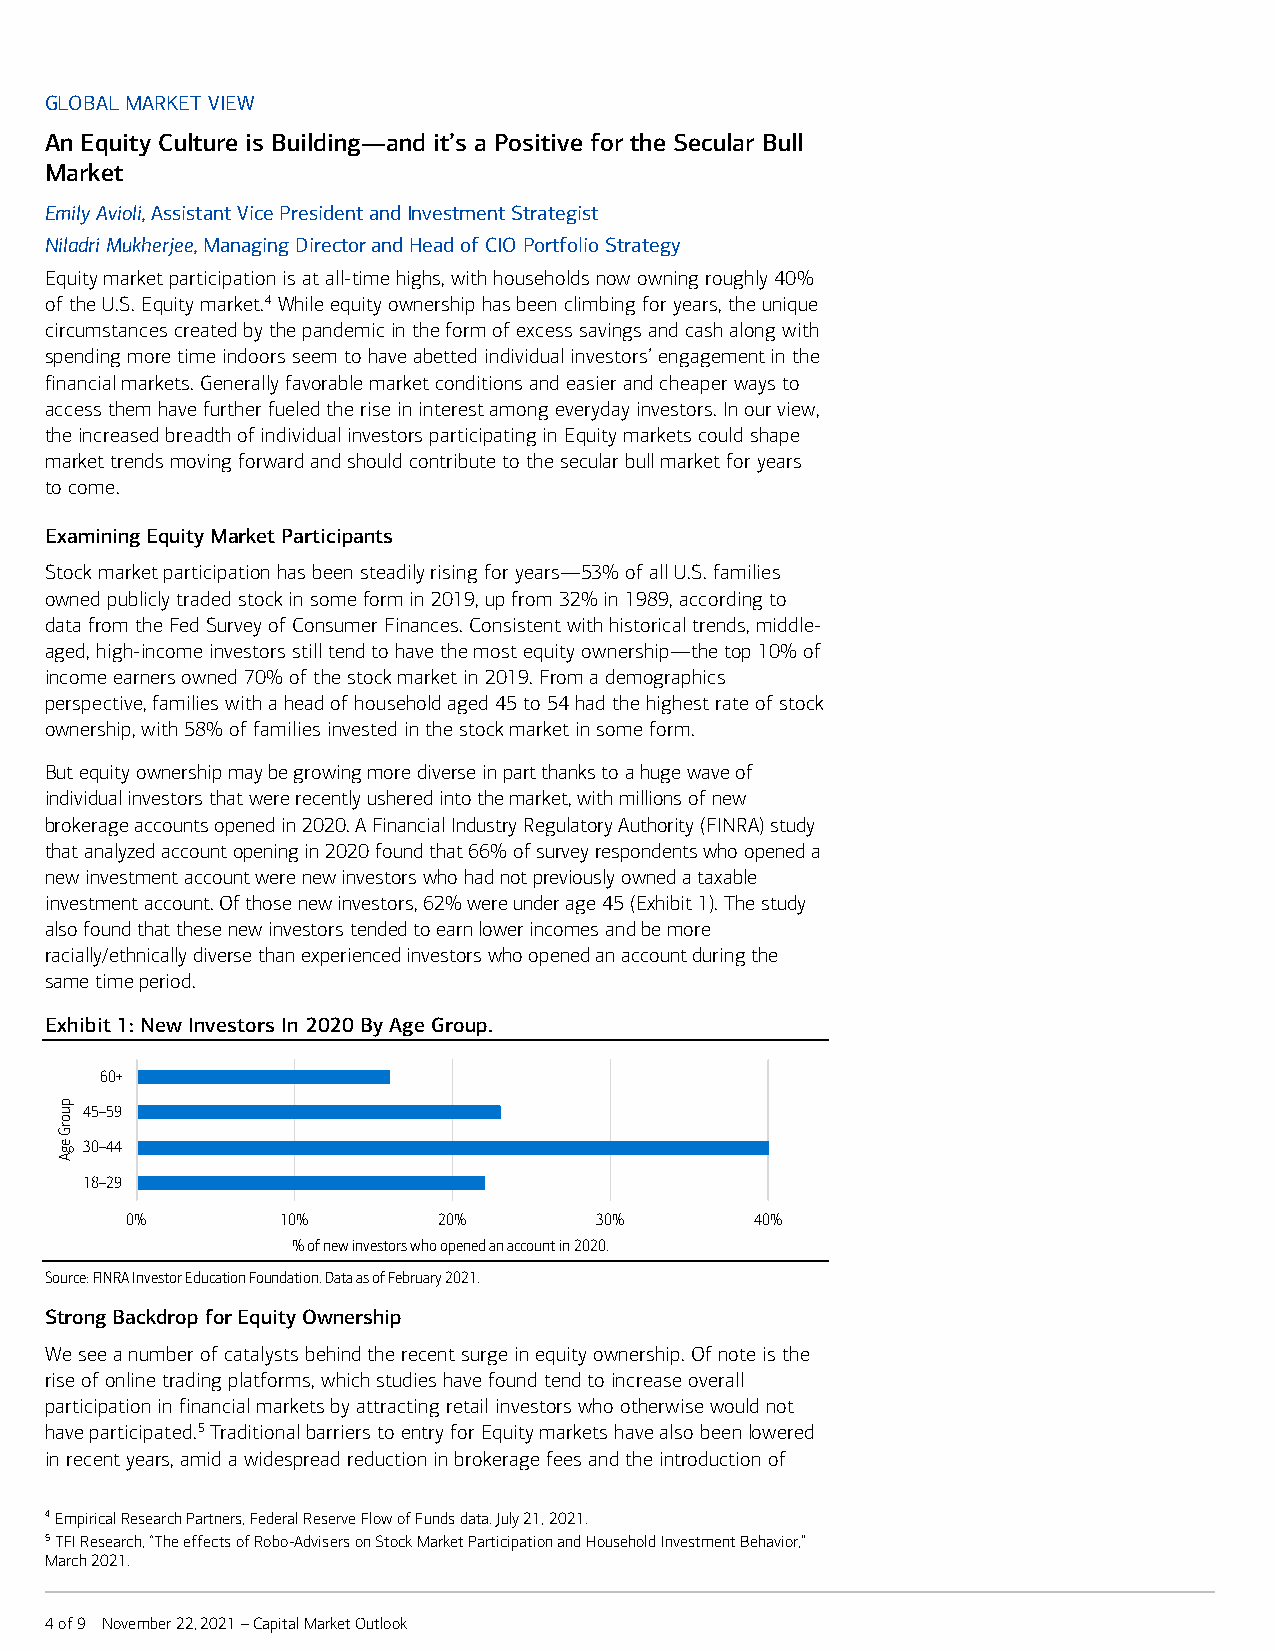
GLOBAL MARKET VIEW
 An Equity Culture is Building—and it’s a Positive for the Secular Bull
 Market
 Emily Avioli, Assistant Vice President and Investment Strategist
 Niladri Mukherjee, Managing Director and Head of CIO Portfolio Strategy
 Equity market participation is at all-time highs, with households now owning roughly 40%
 of the U.S. Equity market.4 While equity ownership has been climbing for years, the unique
 circumstances created by the pandemic in the form of excess savings and cash along with
 spending more time indoors seem to have abetted individual investors’ engagement in the
 financial markets. Generally favorable market conditions and easier and cheaper ways to
 access them have further fueled the rise in interest among everyday investors. In our view,
 the increased breadth of individual investors participating in Equity markets could shape
 market trends moving forward and should contribute to the secular bull market for years
 to come.
 Examining Equity Market Participants
 Stock market participation has been steadily rising for years—53% of all U.S. families
 owned publicly traded stock in some form in 2019, up from 32% in 1989, according to
 data from the Fed Survey of Consumer Finances. Consistent with historical trends, middle-
 aged, high-income investors still tend to have the most equity ownership—the top 10% of
 income earners owned 70% of the stock market in 2019. From a demographics
 perspective, families with a head of household aged 45 to 54 had the highest rate of stock
 ownership, with 58% of families invested in the stock market in some form.
 But equity ownership may be growing more diverse in part thanks to a huge wave of
 individual investors that were recently ushered into the market, with millions of new
 brokerage accounts opened in 2020. A Financial Industry Regulatory Authority (FINRA) study
 that analyzed account opening in 2020 found that 66% of survey respondents who opened a
 new investment account were new investors who had not previously owned a taxable
 investment account. Of those new investors, 62% were under age 45 (Exhibit 1). The study
 also found that these new investors tended to earn lower incomes and be more
 racially/ethnically diverse than experienced investors who opened an account during the
 same time period.
 Exhibit 1: New Investors In 2020 By Age Group.
 60+
 45–59
 30–44
 18–29
 0%         10%       20%       30%        40%
 % of new investors who opened an account in 2020.
 Source: FINRA Investor Education Foundation. Data as of February 2021.
 Strong Backdrop for Equity Ownership
 We see a number of catalysts behind the recent surge in equity ownership. Of note is the
 rise of online trading platforms, which studies have found tend to increase overall
 participation in financial markets by attracting retail investors who otherwise would not
 have participated.5 Traditional barriers to entry for Equity markets have also been lowered
 in recent years, amid a widespread reduction in brokerage fees and the introduction of
 4 Empirical Research Partners, Federal Reserve Flow of Funds data. July 21, 2021.
 5 TFI Research, “The effects of Robo-Advisers on Stock Market Participation and Household Investment Behavior,”
 March 2021.
 4 of 9 November 22, 2021 – Capital Market Outlook
 puorG
 egA